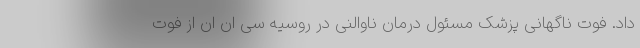
داد. فوت ناگهانی پزشک مسئول درمان ناوالنی در روسیه سی ان ان از فوت